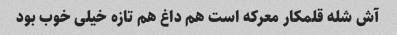
آش شله قلمکار معرکه است هم داغ هم تازه خیلی خوب بود